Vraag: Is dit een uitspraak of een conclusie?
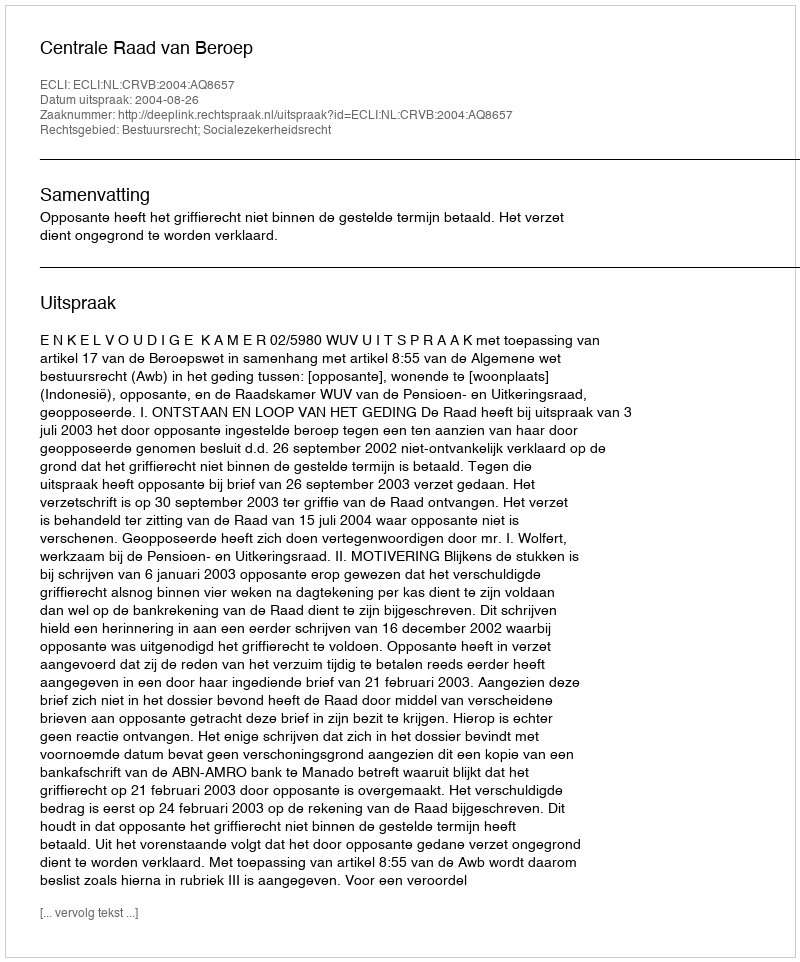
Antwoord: Uitspraak